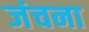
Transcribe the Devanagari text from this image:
जंचना